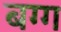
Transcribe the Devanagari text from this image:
बग्ग